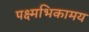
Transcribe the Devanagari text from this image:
पक्ष्मभिकामय